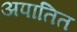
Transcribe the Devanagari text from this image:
अपातित